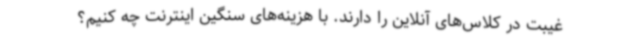
غیبت در کلاس‌های آنلاین را دارند. با هزینه‌های سنگین اینترنت چه کنیم؟